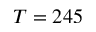
T = 2 4 5